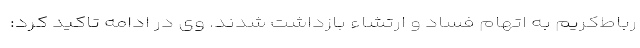
رباط‌کریم به اتهام فساد و ارتشاء بازداشت شدند. وی در ادامه تاکید کرد: